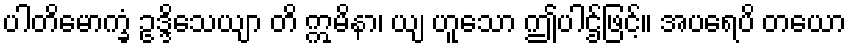
ပါတိမောက္ခံ ဥဒ္ဒိသေယျာ တိ ဣမိနာ၊ ယျ ဟူသော ဤပါဌ်ဖြင့်။ အပရေပိ တယော